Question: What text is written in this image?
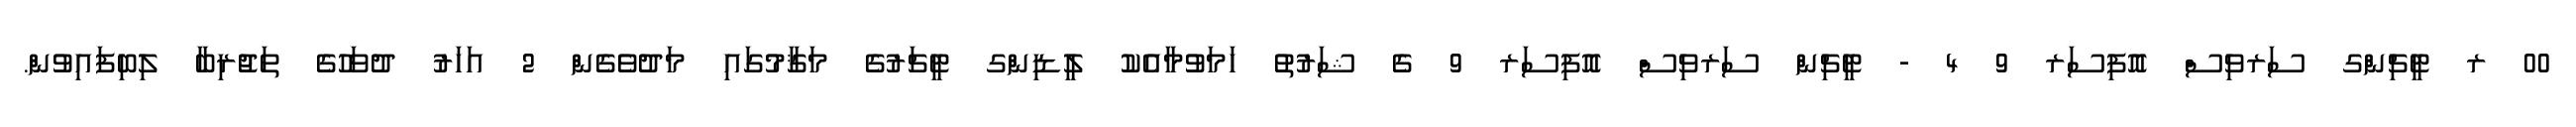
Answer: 00 ރ ޓީޗިންގ ސަރވިސް އޮފިސަރ 9 4 - ޓީޗިން ސަރވިސް އޮފިސަރ 9 ގެ ޝަރުތު ހަމަވުމާއެކު ލީޑިންގ ޓީޗަރުގެ މަޤާމުގައި މަދުވެގެން 2 އަހަރު ދުވަހުގެ ތަޖުރިބާ ލިބިފައިވުން.